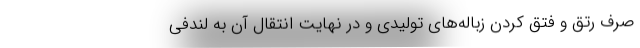
صرف رتق و فتق کردن زباله‌های تولیدی و در نهایت انتقال آن به لندفی